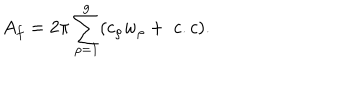
A _ { f } = 2 \pi \sum _ { \rho = 1 } ^ { g } ( c _ { \rho } w _ { \rho } + \; c . c ) .